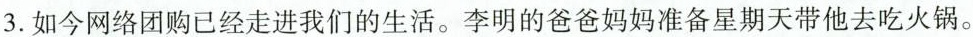
3.如今网络团购已经走进我们的生活。李明的爸爸妈妈准备星期天带他去吃火锅。